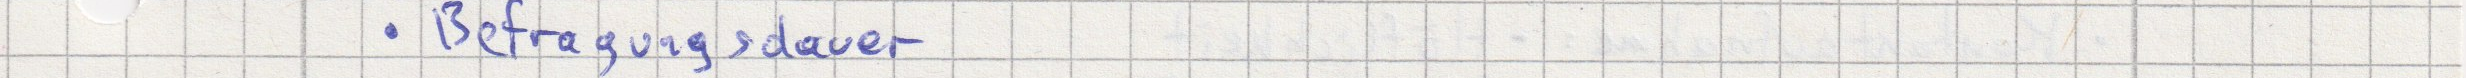
Befragungsdauer